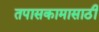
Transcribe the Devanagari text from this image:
तपासकामासाठी